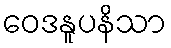
ဝေဒနူပနိသာ